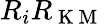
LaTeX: R_{i}R_{\mathrm{~K~M~}}